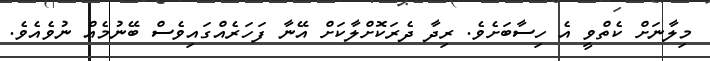
މިލާނަށް ކެތްވީ އެ ހިސާބަށެވެ. ރިދާ ދެރަކޮށްލާކަށް އޭނާ ފަހަރެއްގައިވެސް ބޭނުމެއް ނުވެއެވެ.